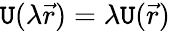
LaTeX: \mathtt{U}(\lambda\vec{{r}})=\lambda\mathtt{U}(\vec{{r}})